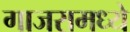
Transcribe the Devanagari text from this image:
गाजरामध्ये